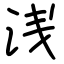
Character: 浅